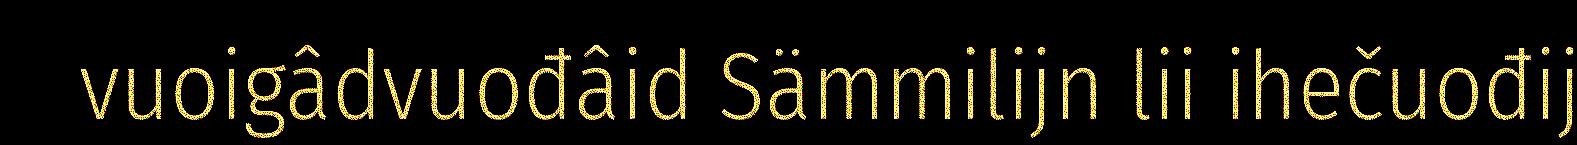
vuoigâdvuođâid Sämmilijn lii ihečuođij